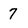
Character: 7